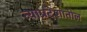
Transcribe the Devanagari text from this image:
त्याप्रदेशातील